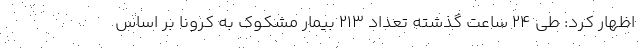
اظهار کرد: طی ۲۴ ساعت گذشته تعداد ۲۱۳ بیمار مشکوک به کرونا بر اساس